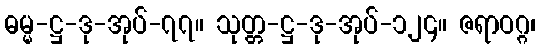
ဓမ္မ-ဋ္ဌ-ဒု-အုပ်-၇၇။ သုတ္တ-ဋ္ဌ-ဒု-အုပ်-၁၂၄။ ဇရာဝဂ္ဂ၊